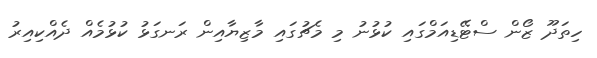
ހިތަދޫ ޒޯން ސްޓޭޑިއަމްގައި ކުޅުނު މި މެޗުގައި މާޒިޔާއިން ރަނގަޅު ކުޅުމެއް ދެއްކިއިރު